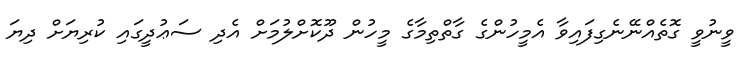
ވީނުވީ ގޮތެއްނޭނެގިފައިވާ އެމީހުންގެ ގާތްތިމާގެ މީހުން ދޫކޮށްލުމަށް އެދި ސަޢުދީގައި ކުރިޔަށް ދިޔަ